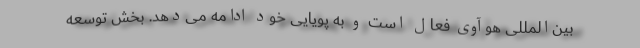
بین‌المللی هوآوی فعال است و به پویایی خود ادامه می‌دهد. بخش توسعه